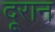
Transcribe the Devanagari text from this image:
दूरान